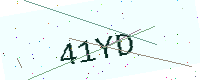
Text: 41YD